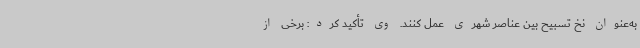
به‌عنوان نخ تسبیح بین عناصر شهری عمل کنند. وی تأکید کرد: برخی از